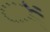
ઁ